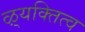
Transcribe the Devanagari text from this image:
ऴ्यक्तित्व